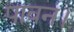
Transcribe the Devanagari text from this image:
पावन।